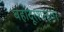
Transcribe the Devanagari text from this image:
बहादूरशाहवर